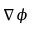
\nabla \phi